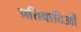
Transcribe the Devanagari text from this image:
प्रतिवादिओं